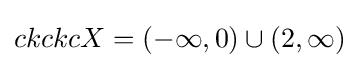
ckckcX=(-\infty ,0)\cup (2,\infty )